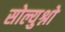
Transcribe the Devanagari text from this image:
सोल्युश्नो